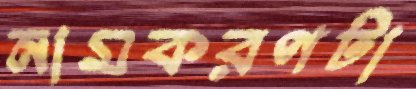
নামকরণটা